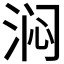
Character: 𬇰